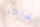
شاكر